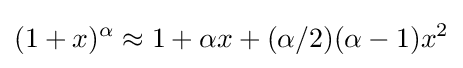
(1+x)^{\alpha }\approx 1+\alpha x+(\alpha /2)(\alpha -1)x^{2}